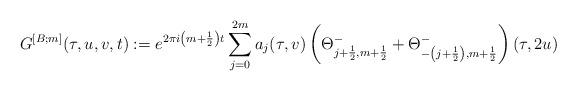
\begin{align*}G^{[B;m]} (\tau,u,v,t) := e^{2\pi i \left(m+\frac{1}{2}\right)t} \sum\limits^{2m}_{j=0}{a_j(\tau,v) \left(\Theta^{-}_{j+\frac{1}{2},m+\frac{1}{2}} + \Theta^{-}_{-\left(j+\frac{1}{2}\right),m+\frac{1}{2}}\right) (\tau,2u)}\end{align*}